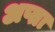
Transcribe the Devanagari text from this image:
अप्ता